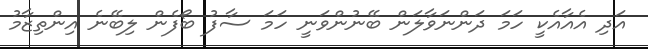
އަދި އެއާއެކީ ހަމަ ދަންނަވާލަން ބޭނުންވަނީ ހަމަ ސާފު ބޯފެން ލިބޭނެ އިންތިޒާމު